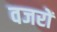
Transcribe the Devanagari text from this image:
वजरों